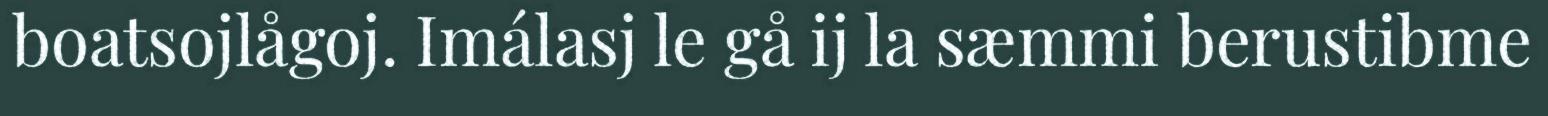
boatsojlågoj. Imálasj le gå ij la sæmmi berustibme